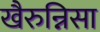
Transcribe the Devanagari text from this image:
खैरुन्निसा